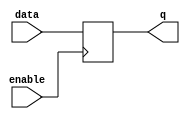
module level_sensitive_latch(
    input wire enable,
    input wire data,
    output reg q
);

always @ (posedge enable)
begin
    if(enable)
        q <= data;
end

endmodule